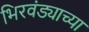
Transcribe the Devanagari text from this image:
भिरवंड्याच्या